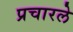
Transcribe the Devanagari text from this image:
प्रचारले